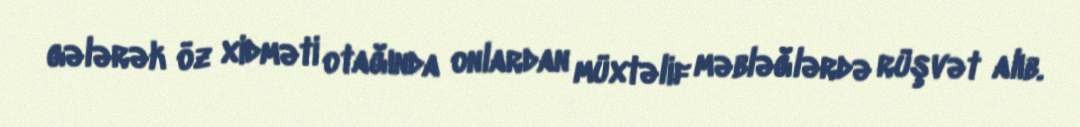
gələrək öz xidməti otağında onlardan müxtəlif məbləğlərdə rüşvət alıb.